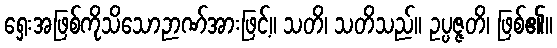
ရှေးအဖြစ်ကိုသိသောဉာဏ်အားဖြင့်။ သတိ၊ သတိသည်။ ဥပ္ပဇ္ဇတိ၊ ဖြစ်၏။